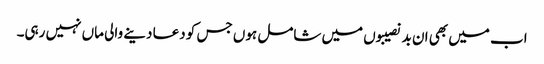
اب میں بھی ان بدنصیبوں میں شامل ہوں جس کو دعا دینے والی ماں نہیں رہی۔